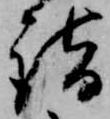
詣